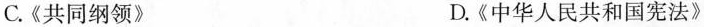
C.《共同纲领》 D.《中华人民共和国宪法》